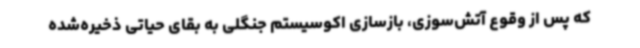
که پس از وقوع آتش‌سوزی، بازسازی اکوسیستم جنگلی به بقای حیاتی ذخیره‌شده